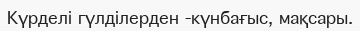
Күрделі гүлділерден -күнбағыс, мақсары.